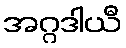
အဂ္ဂဒါယီ